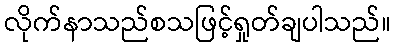
လိုက်နာသည်စသဖြင့်ရှုတ်ချပါသည်။